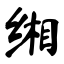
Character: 缃